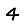
Digit: 4